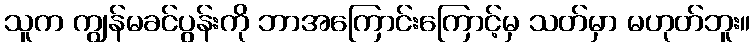
သူက ကျွန်မခင်ပွန်းကို ဘာအကြောင်းကြောင့်မှ သတ်မှာ မဟုတ်ဘူး။